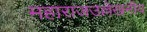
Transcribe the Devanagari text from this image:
महाराजउल्लेखनीय